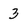
Character: 3